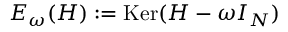
E _ { \omega } ( H ) : = \mathrm { K e r } ( H - \omega I _ { N } )